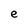
Character: e